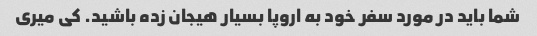
شما باید در مورد سفر خود به اروپا بسیار هیجان زده باشید. کی میری